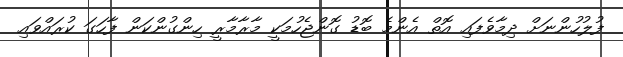
ފުލުހުންނަށް ދިމާވެފައި އޮތް އެންމެ ބޮޑު ގޮންޖެހުމަކީ މާރާމާރީ ހިންގުންކަން ފާހަގަ ކުރައްވައި